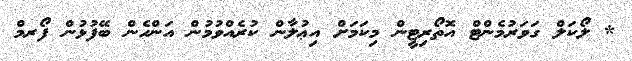
* ލޯކަލް ގަވަރުމެންޓް އޮތޯރިޓީން މިކަމަށް އިޢުލާން ކުރެއްވުމުން އަންހެން ބޭފުޅުން ފޯރމް